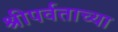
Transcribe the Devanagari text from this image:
श्रीपर्वताच्या